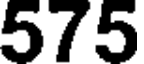
575